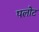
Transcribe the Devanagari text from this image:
पलोट